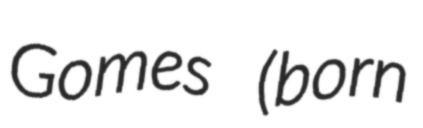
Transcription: Gomes (born